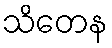
သိတေန